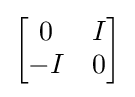
{\begin{bmatrix}0&I\\-I&0\end{bmatrix}}